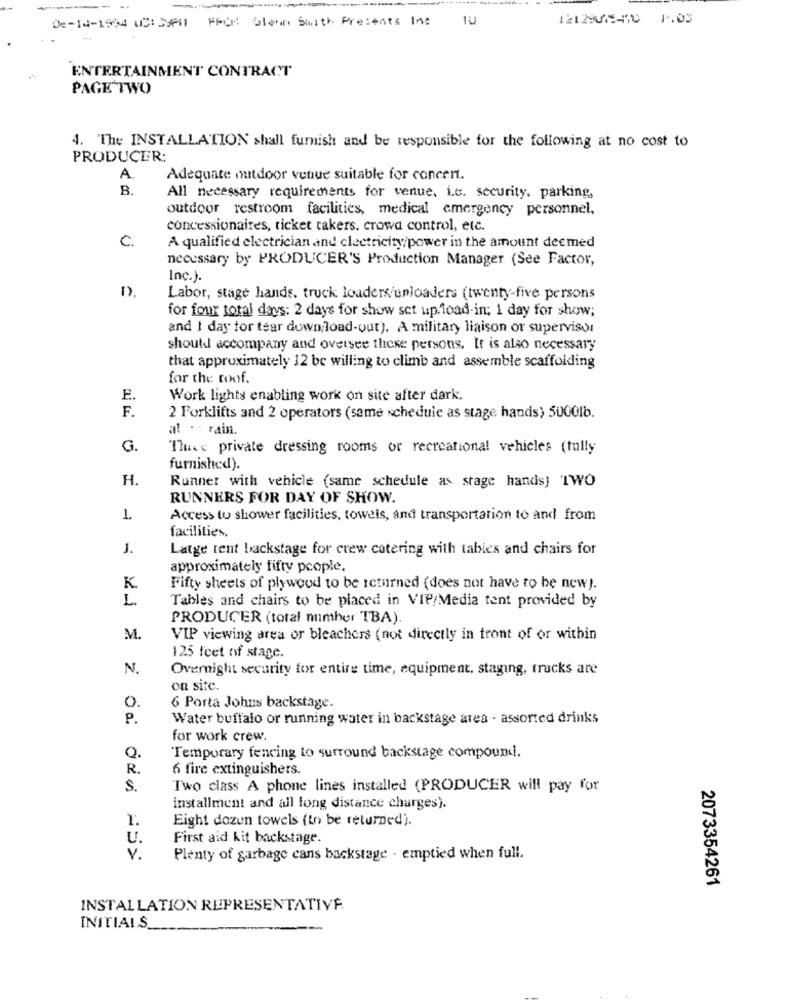
De-14-1994 u3: 39PM FPOR Glenn Swith Presents Inc
TU
12129075470 1.03
ENTERTAINMENT CONTRACT
PAGE TWO
4. The INSTALLATION shall furnish and be responsible for the following at no cost to
PRODUCER:
A.
Adequate outdoor venue suitable for concert.
B.
All necessary requirements for venue. i.c. security, parking,
outdoor restroom facilities, medical emergency personnel,
concessionaires, ticket takers, crowd control, etc.
C.
A qualified electrician and electricity/power in the amount deemed
necessary by PRODUCER'S Production Manager (See Factor,
Inc.).
Labor, stage hands. truck loaders/uploaders (twenty-five persons
for four total days: 2 days for show set up load-in; 1 day for show;
and I day for tear down load-out). A military liaison or supervisor
should accompany and oversee these persons. It is also necessary
that approximately 12 be willing to climb and assemble scaffolding
for the roof.
E
Work lights enabling work on site after dark.
F .
2 Forklifts and 2 operators (same schedule as stage hands) 5000lb.
at . - rain.
G.
The private dressing rooms or recreational vehicles (tully
furnished).
H.
Runner with vehicle (same schedule as stage hands) TWO
RUNNERS FOR DAY OF SHOW.
Access to shower facilities, towels, and transportation to and from
facilities,
J.
Latge tent backstage for crew catering with tables and chairs for
approximately fifty people.
K
Fifty sheets of plywood to be returned (does not have to be new).
L.
Tables and chairs to be placed in VIP/Media tent provided by
PRODUCER (total number TBA).
M.
VIP viewing area or bleachers (not directly in front of or within
125 feet of stage.
N.
Overnight security for entire time, equipment, staging, trucks are
on site.
O.
6 Porta Johns backstage.
P.
Water buffalo or running water in backstage area - assorted drinks
for work crew.
Q.
Temporary fencing to surround backstage compound.
R .
6 fire extinguishers.
S.
Two class A phone lines installed (PRODUCER will pay for
installment and all long distance charges).
1.
Eight dozun towels (to be returned).
U.
First aid kit backstage.
v.
Plenty of garbage cans backstage - emptied when full.
2073354261
INSTALLATION REPRESENTATIVE
INITIALS_